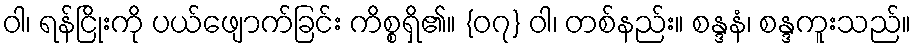
ဝါ၊ ရန်ငြိုးကို ပယ်ဖျောက်ခြင်း ကိစ္စရှိ၏။ {၀၇} ဝါ၊ တစ်နည်း။ စန္ဒနံ၊ စန္ဒကူးသည်။